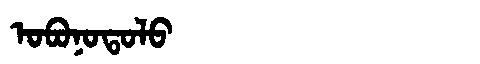
Manchu: ᠣᠪᠣᠨᠣᡨᠣᠯᠣ
Romanization: OBONOTOLO